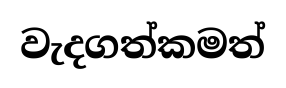
වැදගත්කමත්